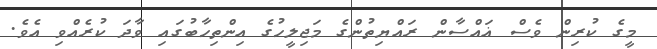
މީގެ ކުރިން ވެސް ޣައްސާން ރައްޔިތުންގެ މަޖިލީހުގެ އިންތިހާބުގައި ވާދަ ކުރެއްވި އެވެ.